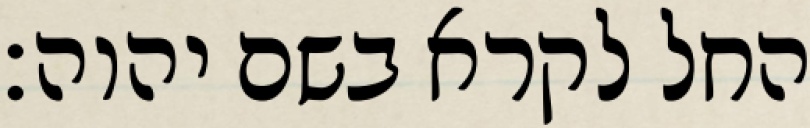
החל לקרא בשם יהוה׃